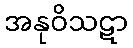
အနုဝိသဋာ